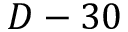
D - 3 0